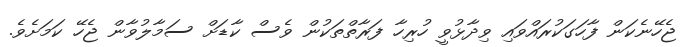
ޖެހޭނެކަން ފާހަގަކުރައްވައި ވިދާޅުވީ ހުރިހާ ފަރާތްތަކުން ވެސް ކާޑަށް ސަމާލުވާން ޖެހޭ ކަމަށެވެ.